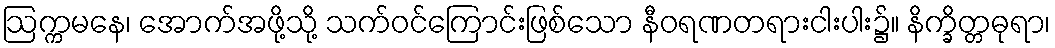
ဩက္ကမနေ၊ အောက်အဖို့သို့ သက်ဝင်ကြောင်းဖြစ်သော နီဝရဏတရားငါးပါး၌။ နိက္ခိတ္တဓုရာ၊